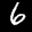
Label: 6